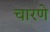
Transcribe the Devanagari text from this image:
चारणे